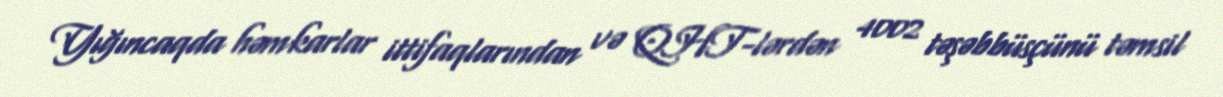
Yığıncaqda həmkarlar ittifaqlarından və QHT-lərdən 4002 təşəbbüsçünü təmsil